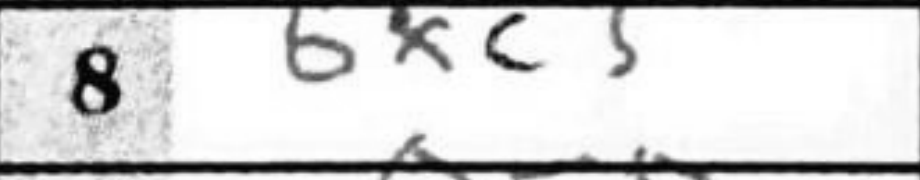
Transcription: bxc3